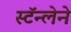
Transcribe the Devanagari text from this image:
स्टॅन्लेने